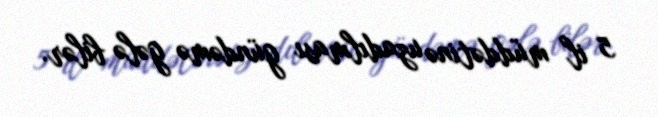
5 il müddətinə uzadılması gündəmə gələ bilər.